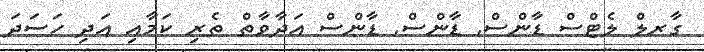
ގާރލް ލެޓްސް ޑާންސް